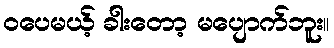
ဝပေမယ့် ခါးတော့ မပျောက်ဘူး။